Report on sanitation, dispensaries, and jails in Rajputana for 1911, and on vaccination for the year 1911-1912 - 1911-1912
Year: 1911
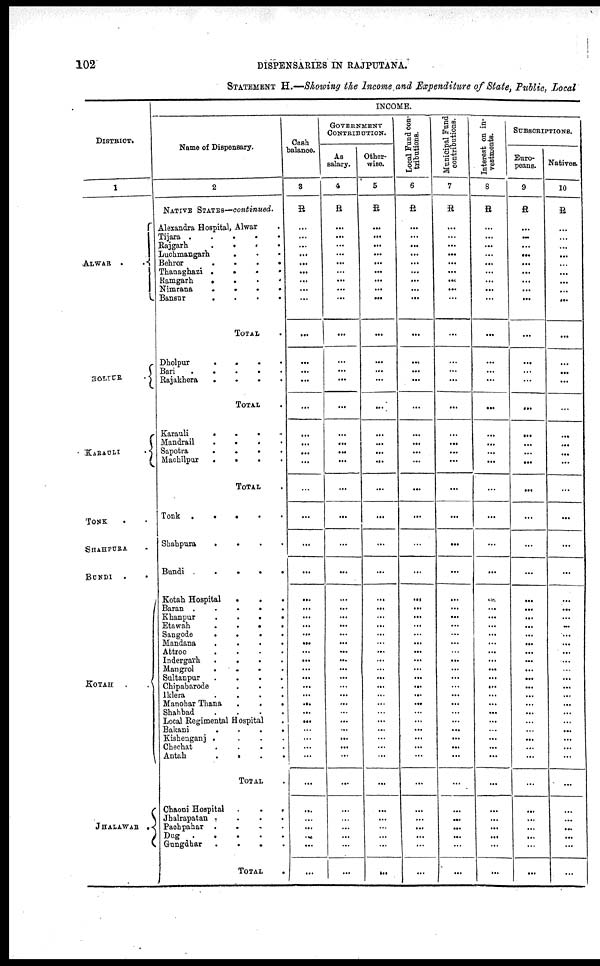
102
DISPENSARIES IN RAJPUTANA.
STATEMENT H.—Showing the Income and Expenditure of State, Public, Local
DISTRICT.
1
ALWARA.
.
HOLIUR
.
KARAULI
.
TONK . .
SHAHPURA .
BUNDI
. .
KOTAH
.
.
JHALAWAR .
INCOME.
Name of Dispensary.
2
NATIVE STATES—continued.
Alexandra Hospital, Alwar .
Tijara .
.
.
.
.
Rajgarh
. . . .
Luchmangarh
.
.
.
Behror
.
.
.
.
Thanaghazi .
.
.
.
Ramgarh
.
.
.
.
Nimrana
.
.
.
.
Bansur
. . . .
TOTAL .
Dholpur
.
. . .
Bari
.
.
. . .
Rajakhera
.
.
.
.
TOTAL .
Karauli
.
.
. .
Mandrail
. . . .
Sapotra
.
.
. .
Machilpur
.
.
.
.
TOTAL .
Tonk .
.
.
.
.
Shahpura
. . . .
Bundi
.
.
.
.
Kotah Hospital
.
. .
Baran
.
. . . .
Khanpur
.
.
.
.
Etawah
.
. . .
Sangode
.
.
.
.
Mandana
.
.
.
.
Attroo
.
.
.
.
Indergarh
.
.
.
.
Mangrol
.
.
.
.
Sultanpur
.
.
.
.
Chipabarode . . .
Iklera
.
.
.
.
Manohar Thana
.
.
.
Shahbad
.
.
.
.
Local Regimental Hospital .
Bakani
.
.
.
.
Kishenganj . . . .
Cheehat . . . .
Antah
.
. . .
TOTAL .
Chaoni Hospital
.
.
.
Jhalrapatan .
.
.
.
Pachpahar . . . .
Dug
.
.
.
.
.
Gungdhar
.
.
. .
TOTAL .
Cash
balance.
3
R
...
...
...
...
...
...
...
...
...
...
...
...
...
...
...
...
...
...
...
...
...
...
...
...
...
...
...
...
...
...
...
...
...
...
...
...
...
...
...
...
...
...
...
...
...
...
...
...
GOVERNMENT
CONTRIBUTION.
As
salary.
4
R
...
...
...
...
...
...
...
...
...
...
...
...
...
...
...
...
...
...
...
...
...
...
...
...
...
...
...
...
...
...
...
...
...
...
...
...
...
...
...
...
...
...
...
...
...
...
...
...
Other-
wise.
5
R
...
...
...
...
...
...
...
...
...
...
...
...
...
...
...
...
...
...
...
...
...
...
...
...
...
...
...
...
...
...
...
...
...
...
...
...
...
...
...
...
...
...
...
...
...
...
...
...
Local Fund con-
tributions.
6
R
...
...
...
...
...
...
...
...
...
...
...
...
...
...
...
...
...
...
...
...
...
...
...
...
...
...
...
...
...
...
...
...
...
...
...
...
...
...
...
...
...
...
...
...
...
...
...
...
Municipal Fund
contributions.
7
R
...
...
...
...
...
...
...
...
...
...
...
...
...
...
...
...
...
...
...
...
...
...
...
...
...
...
...
...
...
...
...
...
...
...
...
...
...
...
...
...
...
...
...
...
...
...
...
...
Interest on in-
vestments.
8
R
...
...
...
...
...
...
...
...
...
...
...
...
...
...
...
...
...
...
...
...
...
...
...
...
...
...
...
...
...
...
...
...
...
...
...
...
...
...
...
...
...
...
...
...
...
...
...
...
SUBSCRIPTIONS.
Euro-
peans.
9
R
...
...
...
...
...
...
...
...
...
...
...
...
...
...
...
...
...
...
...
...
...
...
...
...
...
...
...
...
...
...
...
...
...
...
...
...
...
...
...
...
...
...
...
...
...
...
...
...
Natives.
10
R
...
...
...
...
...
...
...
...
...
...
...
...
...
...
...
...
...
...
...
...
...
...
...
...
...
...
...
...
...
...
...
...
...
...
...
...
...
...
...
...
...
...
...
...
...
...
...
...